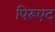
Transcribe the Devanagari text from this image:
पिरूएट